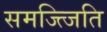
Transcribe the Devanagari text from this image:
समज्त्जिति